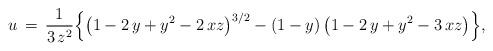
LaTeX: \begin{align*}u\,=\,\frac{1}{3\,z^2}\Big\{\big(1-2\,y+y^2-2\,xz\big)^{3/2}-(1-y)\,\big(1-2\,y+y^2-3\,xz\big)\Big\},\end{align*}